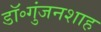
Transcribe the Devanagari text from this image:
डॉ॰गुंजनशाह